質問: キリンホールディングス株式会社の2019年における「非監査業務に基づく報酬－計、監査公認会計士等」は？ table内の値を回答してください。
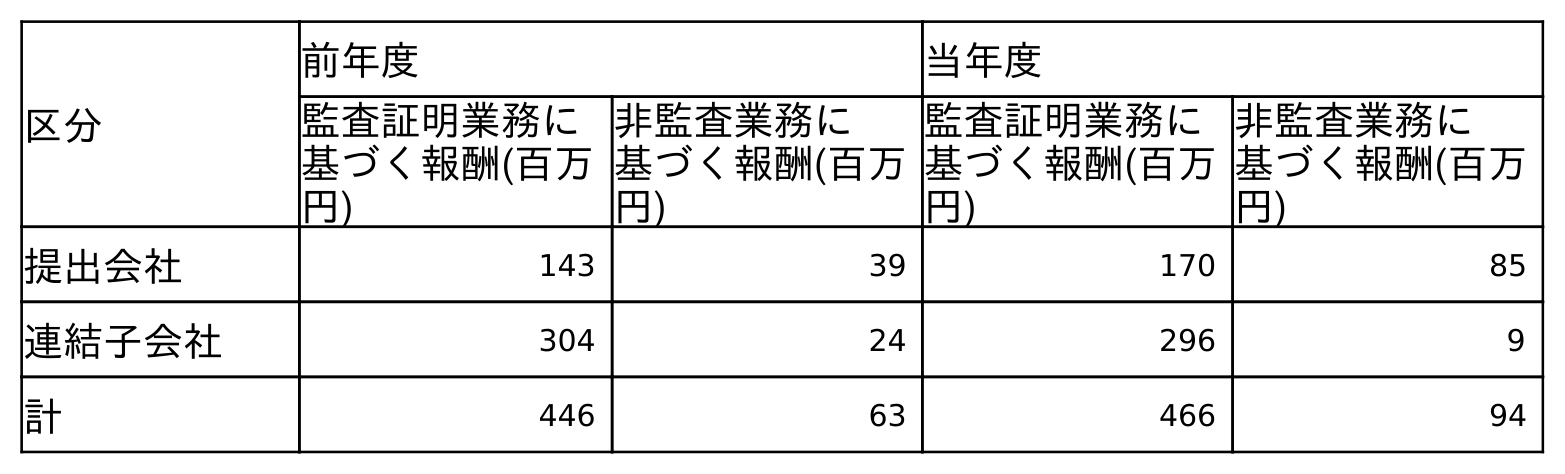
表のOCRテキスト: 区分 前年度 当年度 監査証明業務に 基づく報酬(百万 円) 非監査業務に 基づく報酬(百万 円) 監査証明業務に 基づく報酬(百万 円) 非監査業務に 基づく報酬(百万 円) 提出会社 143 39 170 85 連結子会社 304 24 296 9 計 446 63 466 94
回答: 63